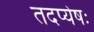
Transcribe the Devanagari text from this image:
तदप्येषः